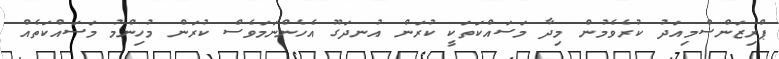
ޕްރިޒަންސްމިއަދު ކުރެވެމުން މިދާ މަސައްކަތަކީ ކުރަން އުނދަގޫ އެހެންނަމަވެސް ކުރަން މުހިންމު މަސައްކަތެއް